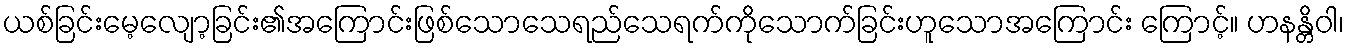
ယစ်ခြင်းမေ့လျော့ခြင်း၏အကြောင်းဖြစ်သောသေရည်သေရက်ကိုသောက်ခြင်းဟူသောအကြောင်း ကြောင့်။ ဟနန္တိဝါ၊